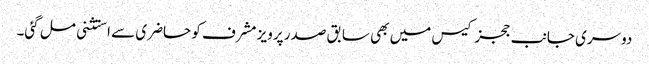
دوسری جانب ججز کیس میں بھی سابق صدر پرویز مشرف کو حاضری سے استثنی مل گئی۔